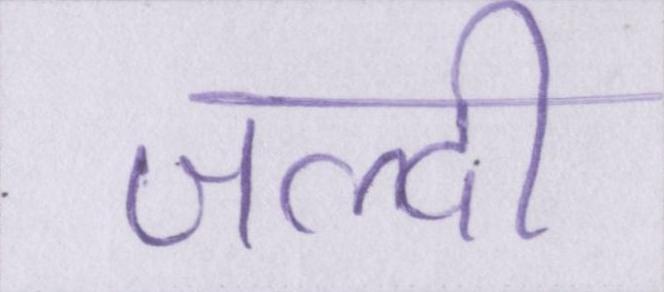
जल्दी